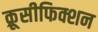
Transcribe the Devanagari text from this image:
क्रूसीफिक्शन